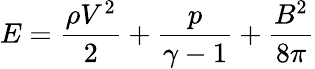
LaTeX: E=\frac{\rho V^{2}}{2}+\frac{p}{\gamma-1}+\frac{B^{2}}{8\pi}